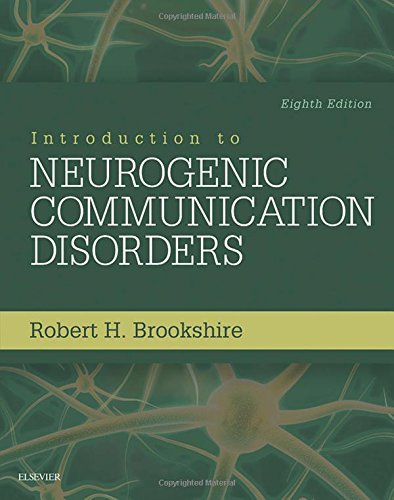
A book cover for Introduction to Neurogenic Communication Disorders, 8e; Robert H. Brookshire PhD  CCC/SP; Medical Books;